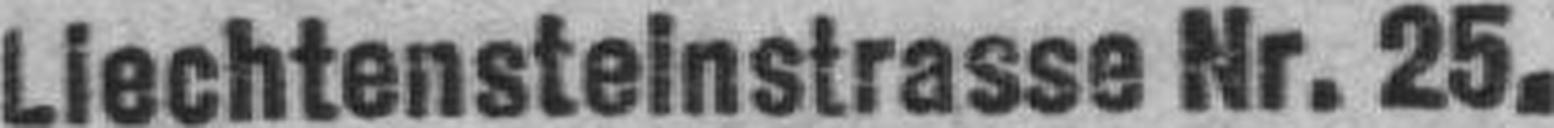
Liechtensteinstrasse Nr. 25,